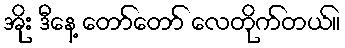
အိုး ဒီနေ့ တော်တော် လေတိုက်တယ်။